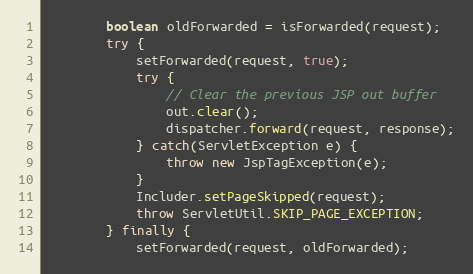
Language: Java
		boolean oldForwarded = isForwarded(request);
		try {
			setForwarded(request, true);
			try {
				// Clear the previous JSP out buffer
				out.clear();
				dispatcher.forward(request, response);
			} catch(ServletException e) {
				throw new JspTagException(e);
			}
			Includer.setPageSkipped(request);
			throw ServletUtil.SKIP_PAGE_EXCEPTION;
		} finally {
			setForwarded(request, oldForwarded);